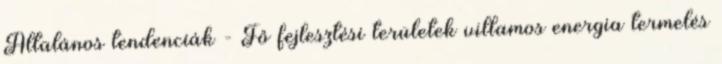
Általános tendenciák - Fő fejlesztési területek villamos energia termelés